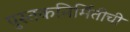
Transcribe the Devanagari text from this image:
पुस्तकनिर्मितीची